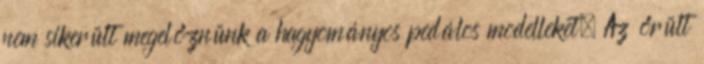
nem sikerült megelőznünk a hagyományos pedálos modelleket. Az őrült